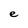
Character: e